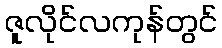
ဇူလိုင်လကုန်တွင်